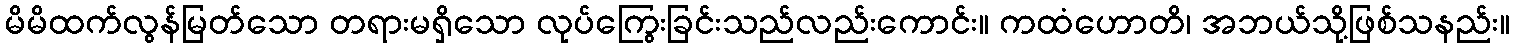
မိမိထက်လွန်မြတ်သော တရားမရှိသော လုပ်ကြွေးခြင်းသည်လည်းကောင်း။ ကထံဟောတိ၊ အဘယ်သို့ဖြစ်သနည်း။